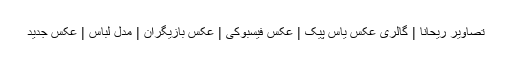
تصاویر ریحانا | گالری عکس یاس پیک | عکس فیسبوکی | عکس بازیگران | مدل لباس | عکس جدید